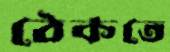
ঠেকতে